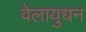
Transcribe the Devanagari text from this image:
वेलायुधन